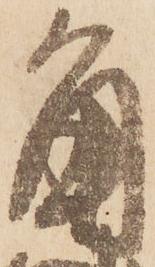
角